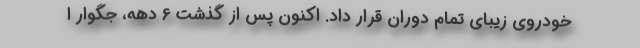
خودروی زیبای تمام دوران قرار داد. اکنون پس از گذشت 6 دهه، جگوار ا